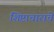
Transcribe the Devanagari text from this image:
शिष्टाचाराचे